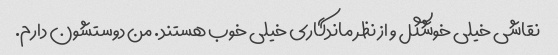
نقاشی خیلی خوشگل و از نظر ماندگاری خیلی خوب هستند. من دوستشون دارم.